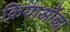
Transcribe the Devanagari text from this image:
क्रियाओंका